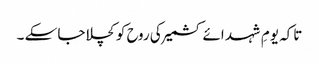
تاکہ یومِ شہد ائے کشمیر کی روح کو کچلا جا سکے ۔